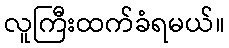
လူကြီးထက်ခံရမယ်။